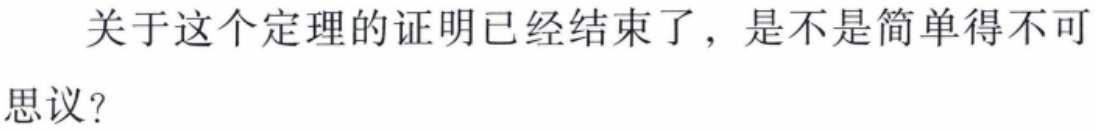
关于这个定理的证明已经结束了，是不是简单得不可思议？